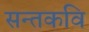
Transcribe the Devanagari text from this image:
सन्तकवि